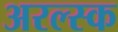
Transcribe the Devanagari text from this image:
अरल्स्क